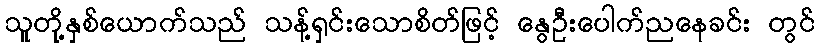
သူတို့နှစ်ယောက်သည် သန့်ရှင်းသောစိတ်ဖြင့် နွေဦးပေါက်ညနေခင်း တွင်